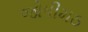
જોષીમઠ